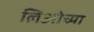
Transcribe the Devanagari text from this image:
लिओच्या